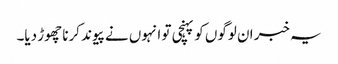
یہ خبر ان لوگوں کو پہنچی تو انہوں نے پیوند کرنا چھوڑ دیا۔